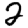
Digit: 2